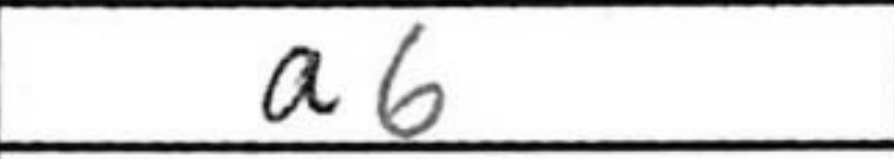
Transcription: a6